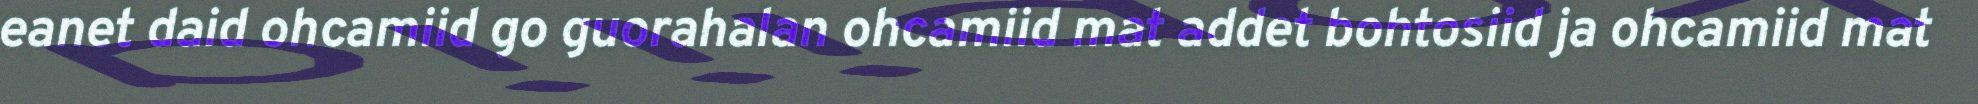
eanet daid ohcamiid go guorahalan ohcamiid mat addet bohtosiid ja ohcamiid mat